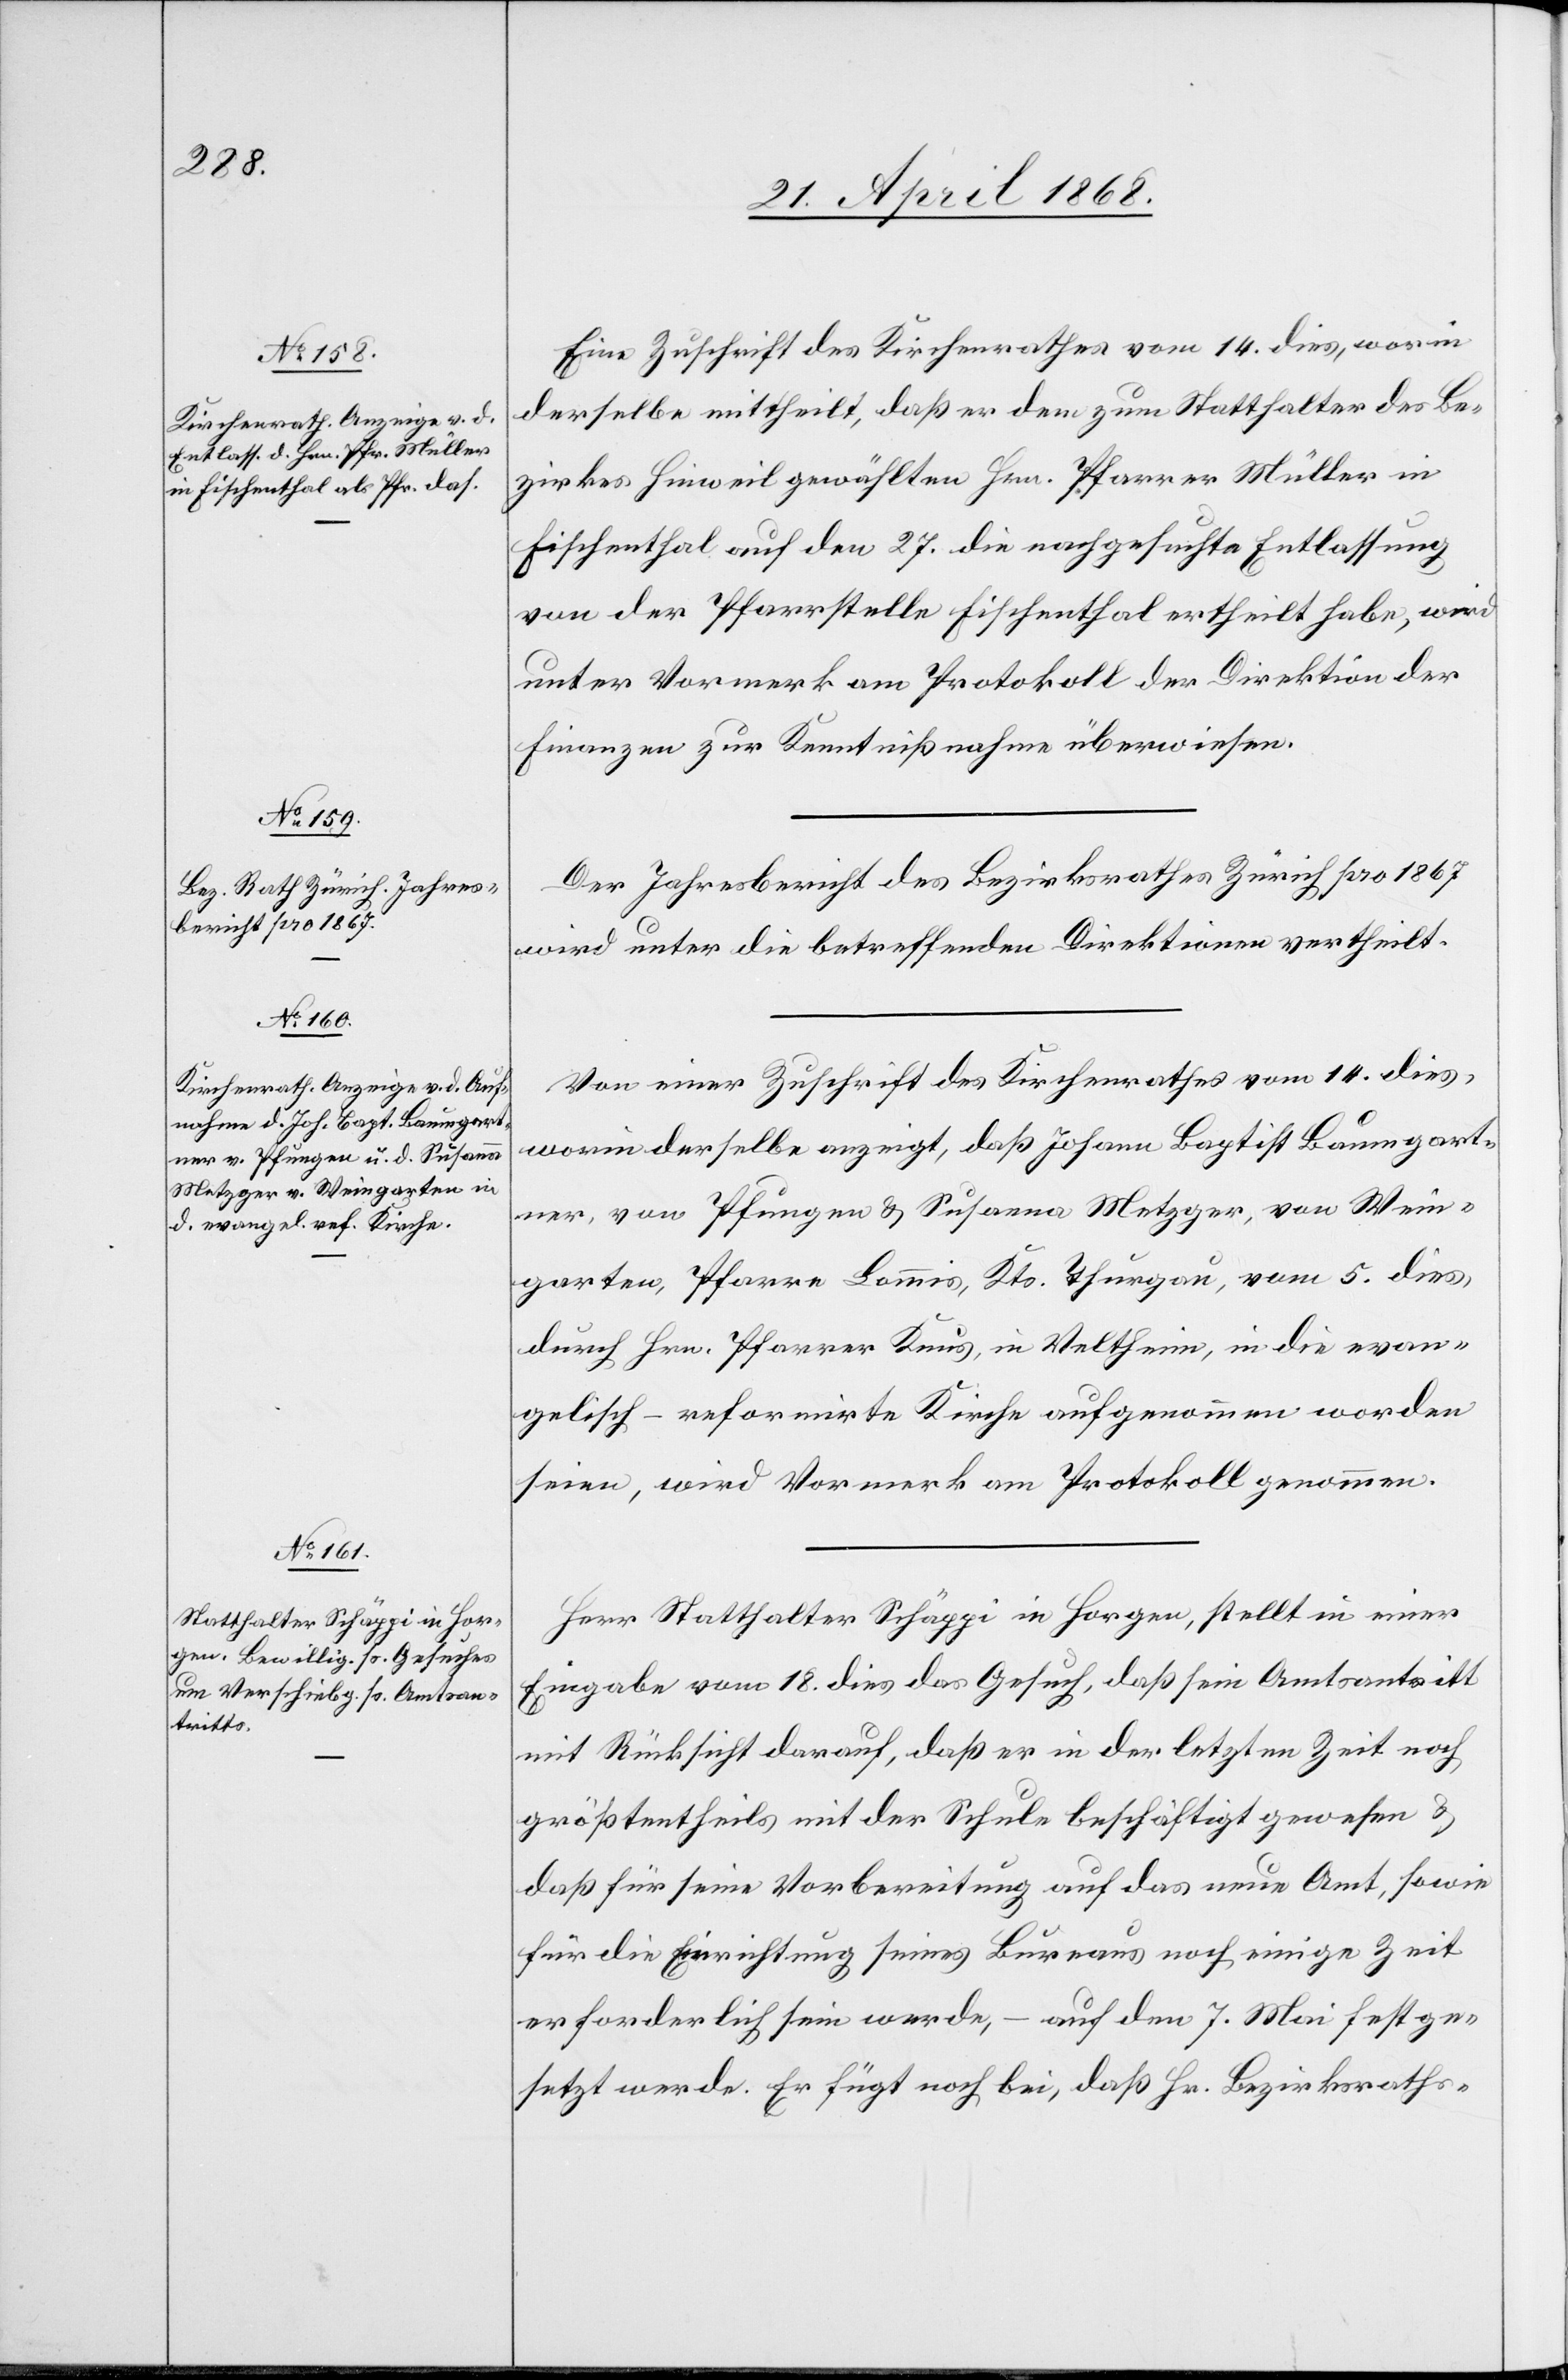
Eine Zuschrift des Kirchenrathes vom 14. dies, worin
derselbe mittheilt, daß er dem zum Statthalter des Be¬
zirkes Hinweil gewählten Hrn. Pfarrer Müller in
Fischenthal auf den 27. die nachgesuchte Entlassung
von der Pfarrstelle Fischenthal ertheilt habe, wird
unter Vormerk am Protokoll der Direktion der
Finanzen zur Kenntißnahme überwiesen.
Der Jahresbericht des Bezirksrathes Zürich pro 1867
wird unter die betreffenden Direktionen vertheilt.
Von einer Zuschrift des Kirchenrathes vom 14. dies,
worin derselbe anzeigt, daß Johann Baptist Baumgart¬
ner, von Pfungen & Susanna Metzger, von Wein¬
garten, Pfarre Lommis, Kts. Thurgau, vom 5. dies,
durch Hrn. Pfarrer Knus, in Veltheim, in die evan¬
gelisch-reformirte Kirche aufgenommen worden
seien, wird Vormerk am Protokoll genommen.
Herr Statthalter Schäppi in Horgen, stellt in einer
Eingabe vom 18. dies das Gesuch, daß sein Amtsantritt
mit Rücksicht darauf, daß er in der letzten Zeit noch
größtentheils mit der Schule beschäftigt gewesen &
daß für seine Vorbereitung auf das neue Amt, sowie
für die Einrichtung seines Bureaus noch einige Zeit
erforderlich sein werde, – auf den 7. Mai festge¬
setzt werde. Er fügt noch bei, daß Hr. Bezirksraths-